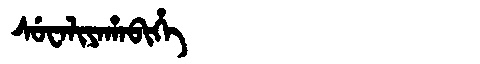
Manchu: ᠰᡠᠸᠠᠯᡳᠶᠠᡥᠠᠪᡳᡥᡝ
Romanization: SUWALIYAHABIHE